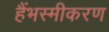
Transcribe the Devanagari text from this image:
हैंभस्मीकरण